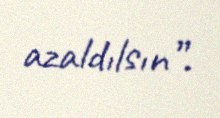
azaldılsın”.